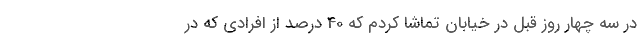
در سه چهار روز قبل در خیابان تماشا کردم که 40 درصد از افرادی که در